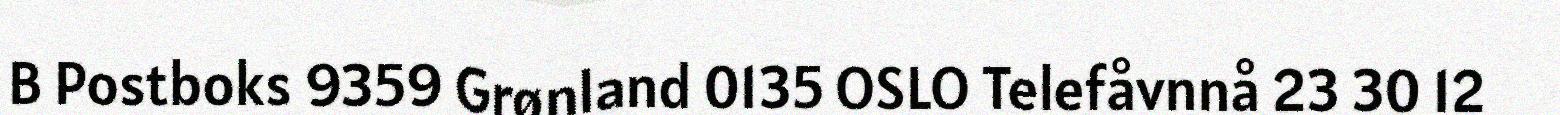
B Postboks 9359 Grønland 0135 OSLO Telefåvnnå 23 30 12